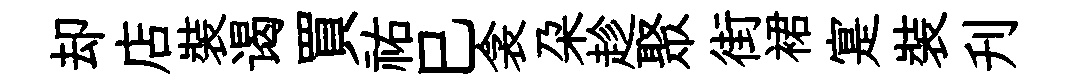
却店裝谒買祐巳衾朶趁聚街裙寔裝刋